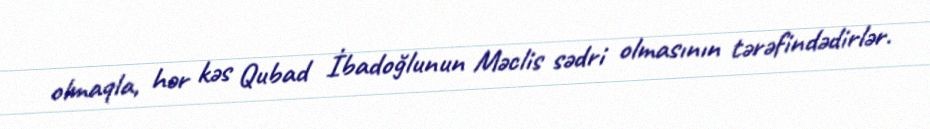
olmaqla, hər kəs Qubad İbadoğlunun Məclis sədri olmasının tərəfindədirlər.